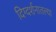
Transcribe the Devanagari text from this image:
दिग्दर्शनातल्या